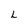
Character: L